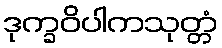
ဒုက္ခဝိပါကသုတ္တံ